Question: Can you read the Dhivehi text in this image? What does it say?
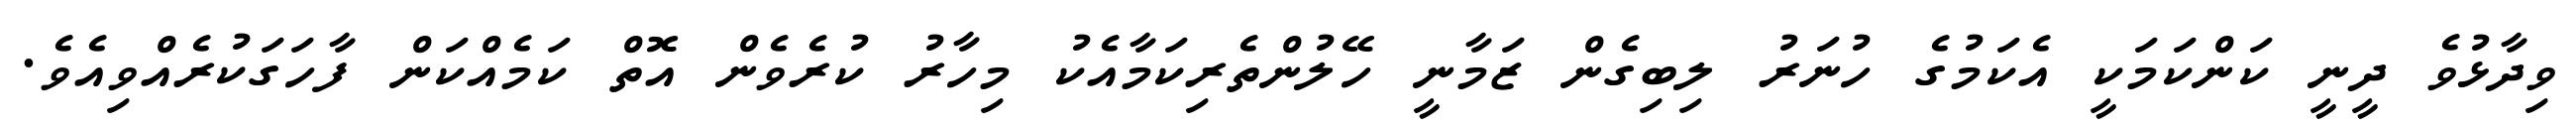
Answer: ވިދާޅުވެ ދީނީ ކަންކަމަކީ އެކަމުގެ ހުނަރު ލިބިގެން ޒަމާނީ ހޭލުންތެރިކަމާއެކު މިހާރު ކުރެވެން އޮތް ކަމެއްކަން ފާހަގަކުރެއްވިއެވެ.